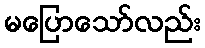
မပြောသော်လည်း